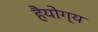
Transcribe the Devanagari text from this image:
हैयोग्य